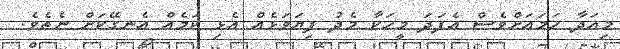
މިއަދާ ހަމައަށްވެސް އެފަދަ މީހަކާ މެދު ފިޔަވަޅެއް އެޅި ކަމެއް އެނގޭކަށް ނެތެވެ.